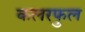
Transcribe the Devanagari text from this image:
कलरफुल